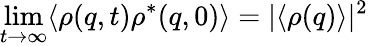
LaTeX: \operatorname*{lim}_{t\to\infty}\langle\rho(q,t)\rho^{\ast}(q,0)\rangle=|\langle\rho(q)\rangle|^{2}